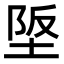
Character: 𡋴